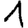
Digit: 1